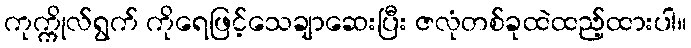
ကုက္ကိုလ်ရွက် ကိုရေဖြင့်သေချာဆေးပြီး ဇလုံတစ်ခုထဲထည့်ထားပါ။